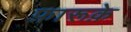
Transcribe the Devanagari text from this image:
फ़ारूक़े